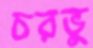
চরভু